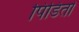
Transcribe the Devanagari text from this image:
पिडितो